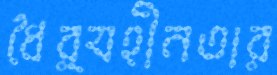
ধৈর্যহীনতার